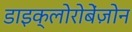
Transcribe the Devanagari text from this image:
डाइक्लोरोबेंज़ोन